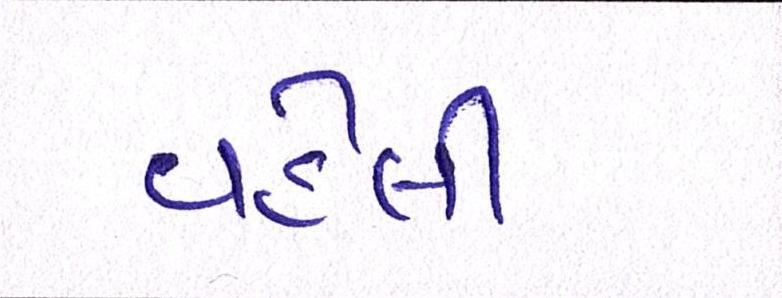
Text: વહેલી